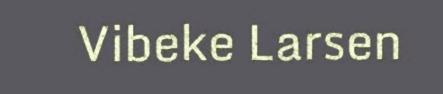
Vibeke Larsen